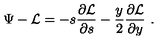
\Psi - { \cal L } = - s { \frac { \partial { \cal L } } { \partial s } } - { \frac { y } { 2 } } { \frac { \partial { \cal L } } { \partial y } } \ .